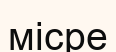
місре